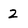
Character: 2